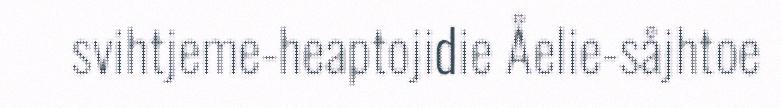
svihtjeme-heaptojidie Åelie-såjhtoe